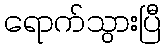
ရောက်သွားပြီ